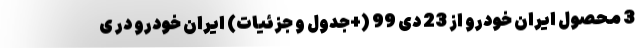
3 محصول ایران خودرو از 23 دی 99 (+جدول و جزئیات) ایران خودرو در ی